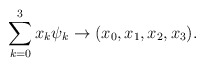
\begin{align*} \sum_{k=0}^3 x_k\psi_k \rightarrow (x_0,x_1,x_2,x_3).\end{align*}